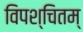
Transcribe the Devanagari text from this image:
विपश्चितम्